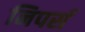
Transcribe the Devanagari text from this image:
निपर्स